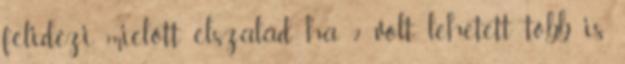
felidézi, mielőtt elszalad ha 2 volt, lehetett több is